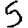
Digit: 5